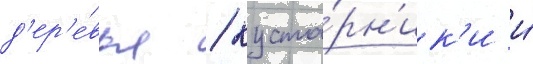
д'ер'е́вья / куста́рн'ик'и и́